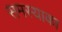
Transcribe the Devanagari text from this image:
समस्याका